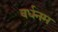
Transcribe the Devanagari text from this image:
वर्धनम